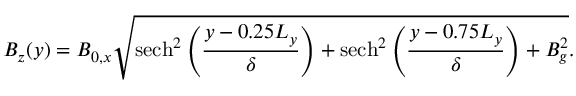
B _ { z } ( y ) = B _ { 0 , x } \sqrt { \operatorname { s e c h } ^ { 2 } \left( \frac { y - 0 . 2 5 L _ { y } } { \delta } \right) + \operatorname { s e c h } ^ { 2 } \left( \frac { y - 0 . 7 5 L _ { y } } { \delta } \right) + B _ { g } ^ { 2 } } .